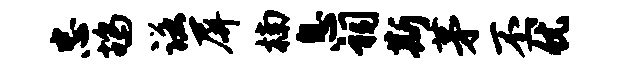
忠鸪诺屏楠息祠斯茅丕优